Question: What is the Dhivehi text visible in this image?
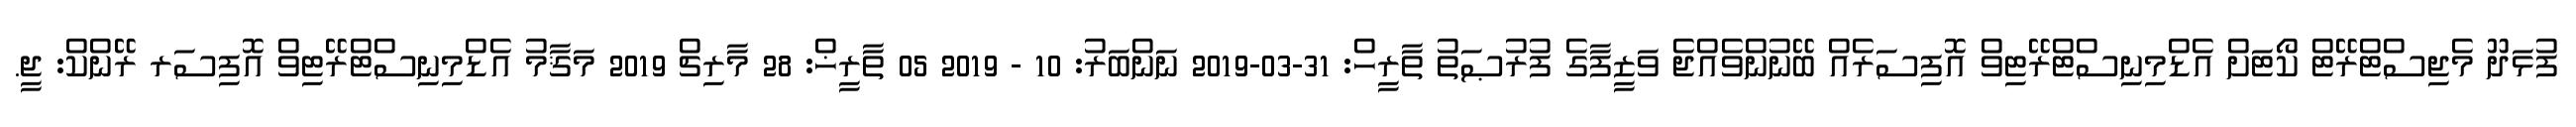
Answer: ފުޅަދޫ މެޖިސްޓްރޭޓް ކޯޓަށް އެޑްމިނިސްޓްރޭޓިވް އޮފިސަރެއް ބޭނުންވެއްޖެ ވަޒީފާގެ ފުރުޞަތު ތާރީހް: 31-03-2019 ނަންބަރު: 10 - 2019 05 ތާރީޚް: 28 މާރިޗް 2019 މަޤާމު އެޑްމިނިސްޓްރޭޓިވް އޮފިސަރ ރޭންކް: ޖީ.